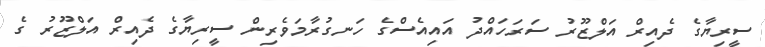
ސީރިޔާގެ ދެއިރް އަލްޒޫރު ސަރަހައްދު އައިއެސްގެ ހަނގުރާމަވެރިން ސީރިޔާގެ ދެއިރް އަލްޒޫރު ގެ